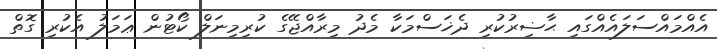
އެއްމައްސަލައެއްގައި ޙާޟިރުކުރި ދެޚަސްމަކާ މެދު މިރާއްޖޭގެ ކުރިމިނަލް ކޯޓުން ޢަމަލު އެކުރި ގޮތް